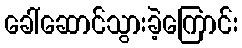
ခေါ်ဆောင်သွားခဲ့ကြောင်း